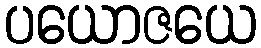
ပယောဇယေ